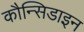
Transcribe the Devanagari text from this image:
कौन्सिडाइन